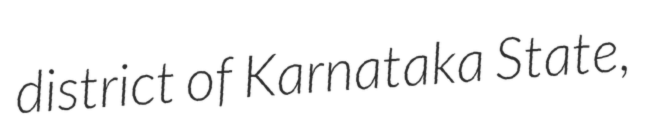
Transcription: district of Karnataka State,